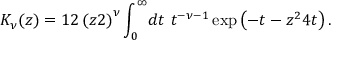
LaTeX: K _ { \nu } ( z ) = { 1 \o 2 } \left( { z \o 2 } \right) ^ { \nu } \int _ { 0 } ^ { \infty } \! d t ~ t ^ { - \nu - 1 } \exp \left( - t - { z ^ { 2 } \o 4 t } \right) .